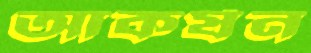
আকর্ষন